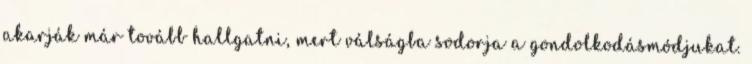
akarják már tovább hallgatni, mert válságba sodorja a gondolkodásmódjukat.